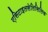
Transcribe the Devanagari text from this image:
एसिटाइलसेलिसिलिक